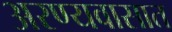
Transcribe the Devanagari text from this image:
अरण्यवासात